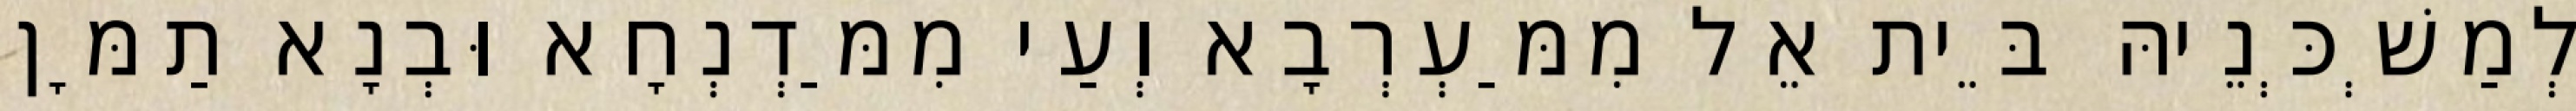
לְמַשְׁכְּנֵיהּ בֵּית אֵל מִמַּעְרְבָא וְעַי מִמַּדְנְחָא וּבְנָא תַמָּן